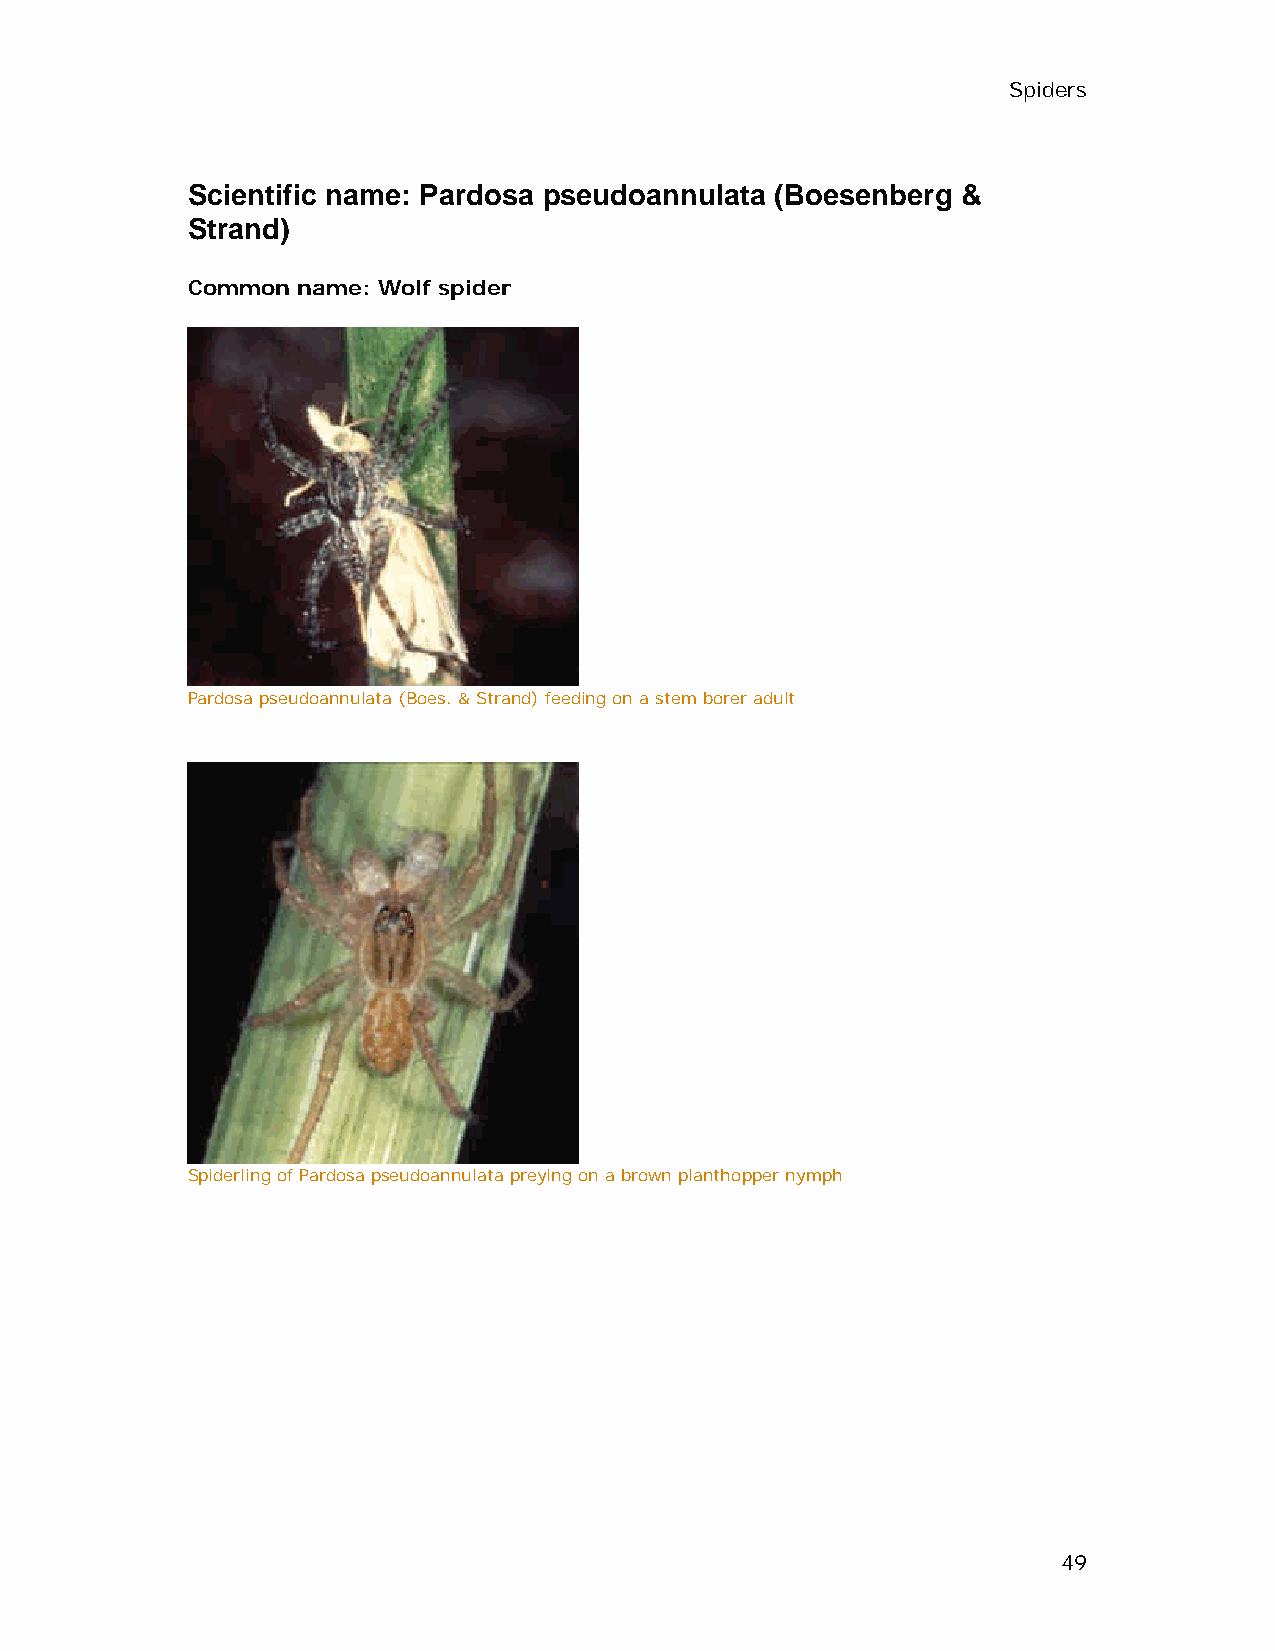
Spiders
 Scientific name: Pardosa pseudoannulata (Boesenberg &
 Strand)
 Common  name: Wolf spider
 Pardosa pseudoannulata (Boes. & Strand) feeding on a stem borer adult
 Spiderling of Pardosa pseudoannulata preying on a brown planthopper nymph
 49